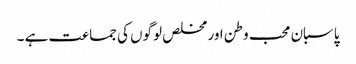
پاسبان محب وطن اور مخلص لوگوں کی جماعت ہے ۔